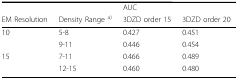
<table><thead><tr><td></td><td></td><td colspan="2"><b>AUC</b></td></tr><tr><td><b>EM Resolution</b></td><td><b>Density Range <sup>a)</sup></b></td><td><b>3DZD order 15</b></td><td><b>3DZD order 20</b></td></tr></thead><tbody><tr><td>10</td><td>5-8</td><td>0.427</td><td>0.451</td></tr><tr><td></td><td>9-11</td><td>0.446</td><td>0.454</td></tr><tr><td>15</td><td>7-11</td><td>0.466</td><td>0.489</td></tr><tr><td></td><td>12-15</td><td>0.460</td><td>0.480</td></tr></tbody></table>